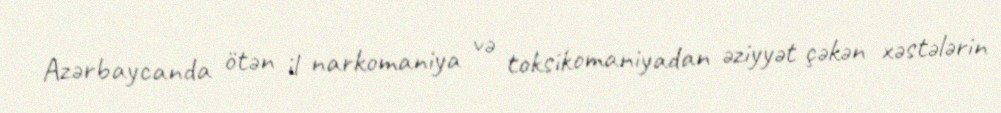
Azərbaycanda ötən il narkomaniya və toksikomaniyadan əziyyət çəkən xəstələrin